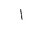
Letter: _alif